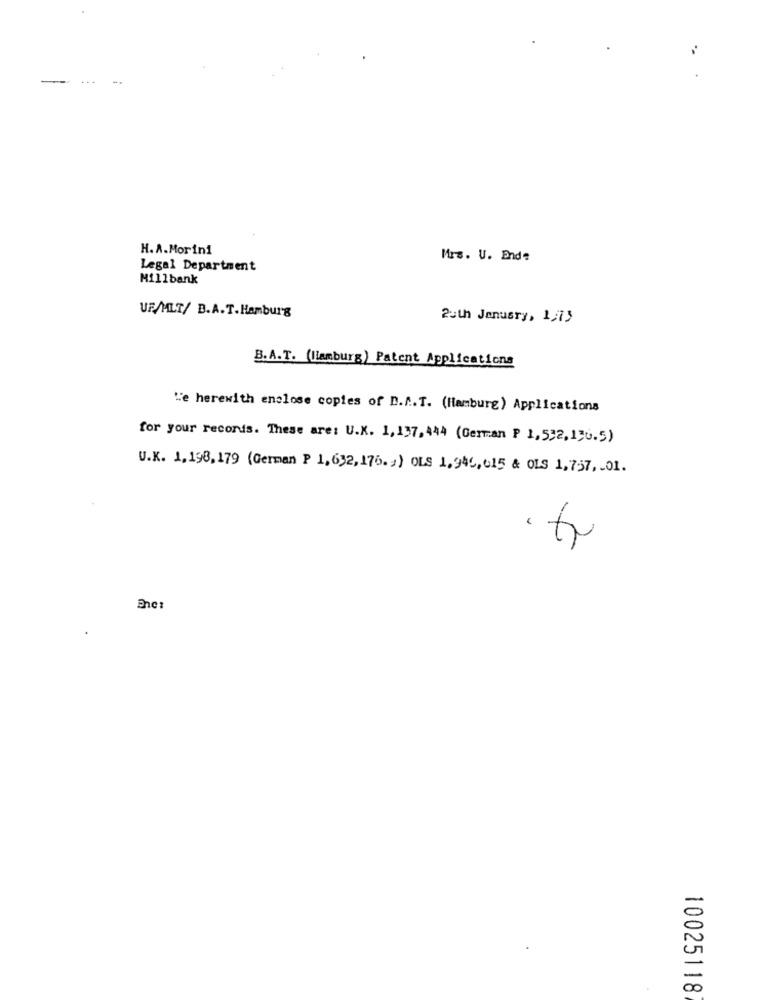
...
H.A.Morini
Mrs. U. Ende
Legal Department
Millbank
UF/MLT/ B.A.T. Hamburg
2uth January, 1/73
B.A.T. (Hamburg) Patent Applications
"e herewith enclose copies of D.f.T. (Hamburg) Applications
for your records. These are: U.K. 1, 137, 444 (German P 1,532, 136.5)
U.K. 1,198, 179 (German P 1, 632, 176.3) OLS 1,946, 615 & OLS 1,757, 01.
Enc:
10025118